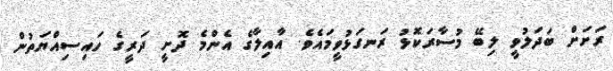
ރަށަށް ބަދަލުވީ ލިބޭ މުސާރަކޮޅު ރަނގަޅުވީމައެވެ. އާއިލާގެ އެންމެ ދޮށީ ދަރީގެ ހައިސިއްޔަތުން